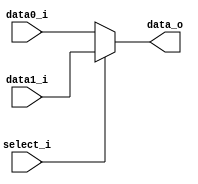
module Mux2to1_3bits( data0_i, data1_i, select_i, data_o );

parameter size = 3;			   
			
//I/O ports               
input wire	[size-1:0] data0_i;          
input wire	[size-1:0] data1_i;
input wire	select_i;
output wire	[size-1:0] data_o; 

//Main function
assign data_o = ( select_i == 1 ) ? data1_i : 
                ( select_i == 0 ) ? data0_i :
                3'bxxx;

endmodule